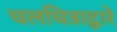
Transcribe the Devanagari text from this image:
चलचित्राद्वारे